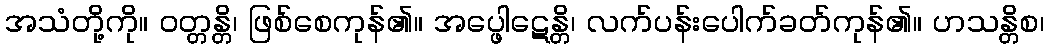
အသံတို့ကို။ ဝတ္တန္တိ၊ ဖြစ်စေကုန်၏။ အပ္ဖေါဋေန္တိ၊ လက်ပန်းပေါက်ခတ်ကုန်၏။ ဟသန္တိစ၊